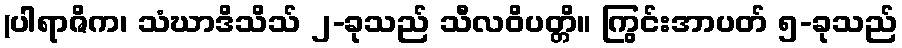
(ပါရာဇိက၊ သံဃာဒိသိသ် ၂-ခုသည် သီလဝိပတ္တိ။ ကြွင်းအာပတ် ၅-ခုသည်